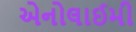
એનોલાઈમી